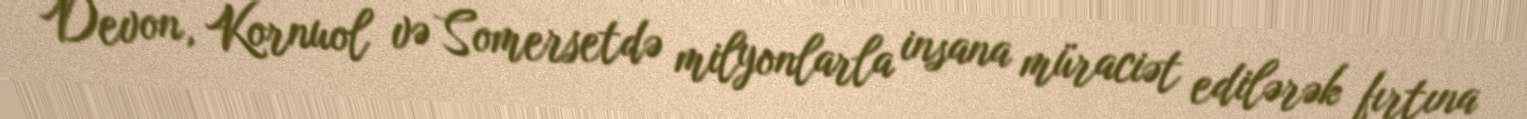
Devon, Kornuol və Somersetdə milyonlarla insana müraciət edilərək fırtına